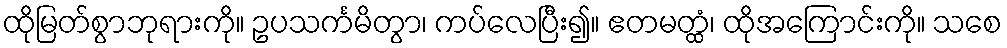
ထိုမြတ်စွာဘုရားကို။ ဥပသင်္ကမိတွာ၊ ကပ်လေပြီး၍။ ဧတမတ္ထံ၊ ထိုအကြောင်းကို။ သစေ